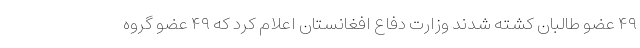
۴۹ عضو طالبان کشته شدند وزارت دفاع افغانستان اعلام کرد که ۴۹ عضو گروه